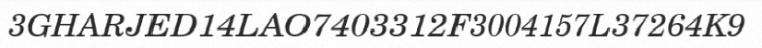
3GHARJED14LAO7403312F3004157L37264K9